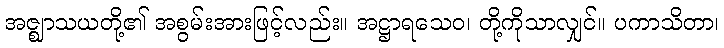
အဇ္ဈာသယတို့၏ အစွမ်းအားဖြင့်လည်း။ အဋ္ဌာရသေဝ၊ တို့ကိုသာလျှင်။ ပကာသိတာ၊